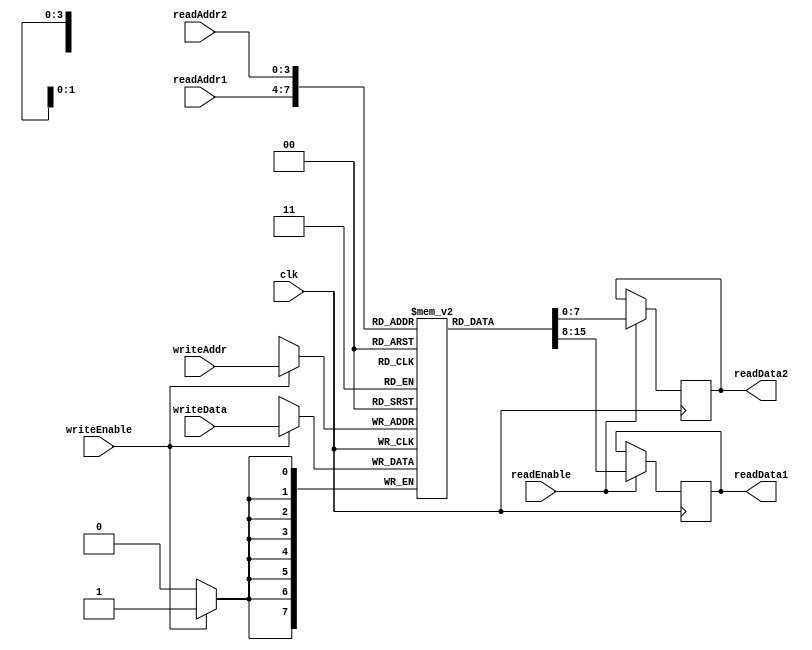
module RegisterFile (
  input clk,
  input [3:0] readAddr1,
  input [3:0] readAddr2,
  input [3:0] writeAddr,
  input [7:0] writeData,
  input readEnable,
  input writeEnable,
  output reg [7:0] readData1,
  output reg [7:0] readData2
);

reg [7:0] registers [15:0];

always @(posedge clk) begin
  if (writeEnable) begin
    registers[writeAddr] <= writeData;
  end

  if (readEnable) begin
    readData1 <= registers[readAddr1];
    readData2 <= registers[readAddr2];
  end
end

endmodule